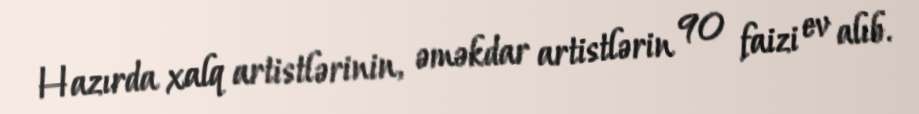
Hazırda xalq artistlərinin, əməkdar artistlərin 90 faizi ev alıb.